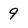
Character: 9